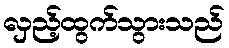
လှည့်ထွက်သွားသည်